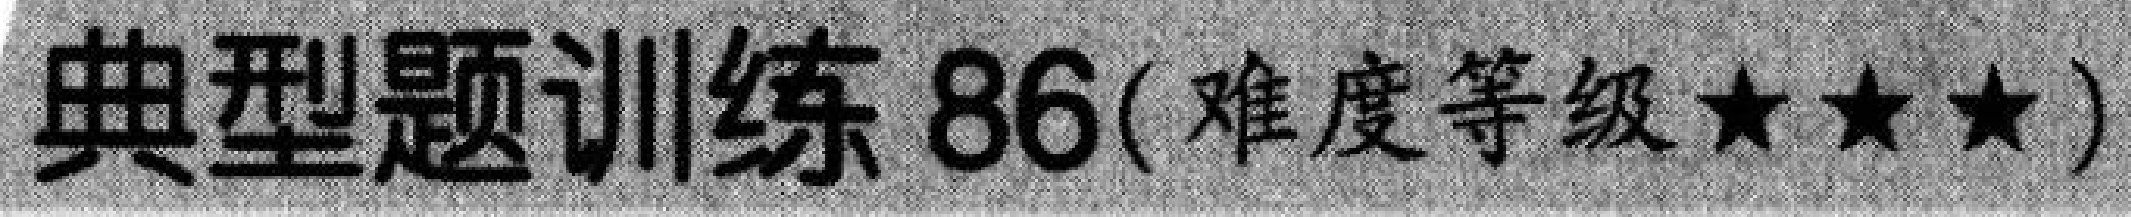
典型题训练 86(难度等级★★★)